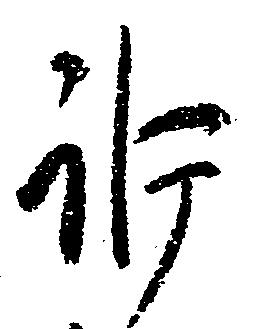
訴